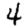
Digit: 4